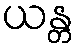
ယန္တ